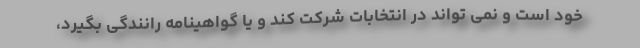
خود است و نمی تواند در انتخابات شرکت کند و یا گواهینامه رانندگی بگیرد،